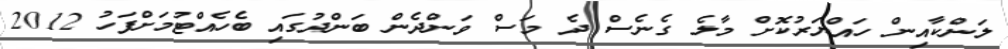
ލަންކާއިން ހައްޔަރުކޮށް މާލެ ގެނެސް ދެ މަސް ވަންދެން ބަންދުގައި ބެހެއްޓުމަށްފަހު 2012